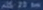
all11m